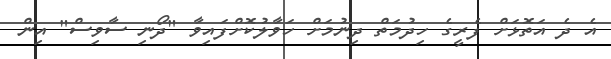
އެ ދެ އަތޮޅަށް ފެރީގެ ހިދުމަތް ދިނުމަށް ހަވާލުކޮށްފައިވާ "ދޯނި ސާވިސް" އިން